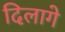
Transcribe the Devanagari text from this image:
दिलागे